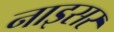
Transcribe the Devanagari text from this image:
नाइसर